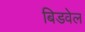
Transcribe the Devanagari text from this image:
बिडवेल